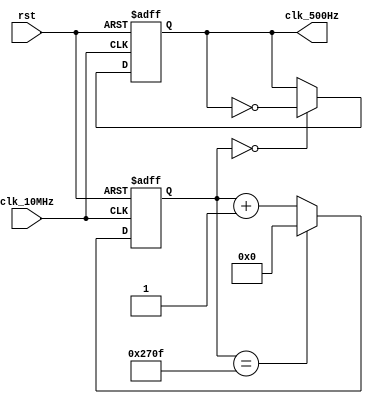
`timescale 1ns / 1ps

//////////////////////////////////////////////////////////////////////////////////
// Company: WPI	
// 
// Design Name: ECE574 Project2
// Module Name: clock_generator
// Project Name: ECE574 Project2
//////////////////////////////////////////////////////////////////////////////////

module clock_generator(
    input clk_10MHz,
    input rst,
    output reg clk_500Hz // for AN logic
    );
	
	
	reg [13:0] counter_500;
	
always@(posedge clk_10MHz or posedge rst)
if(rst)
	counter_500 <= 0;
else if(counter_500 == 14'd9999)
	counter_500 <= 0;
else
	counter_500 <= counter_500 + 1'b1;
	
always@(posedge clk_10MHz or posedge rst)
if(rst)
	clk_500Hz <= 0;
else if(counter_500 == 0)
	clk_500Hz <= ~clk_500Hz;
else
	clk_500Hz <= clk_500Hz;
	
endmodule